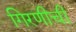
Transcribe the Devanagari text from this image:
गिरणीची